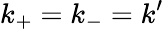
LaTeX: k_{\mathrm{+}}=k_{\mathrm{-}}=k^{\prime}